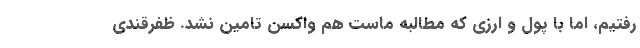
رفتیم، اما با پول و ارزی که مطالبه ماست هم واکسن تامین نشد. ظفرقندی